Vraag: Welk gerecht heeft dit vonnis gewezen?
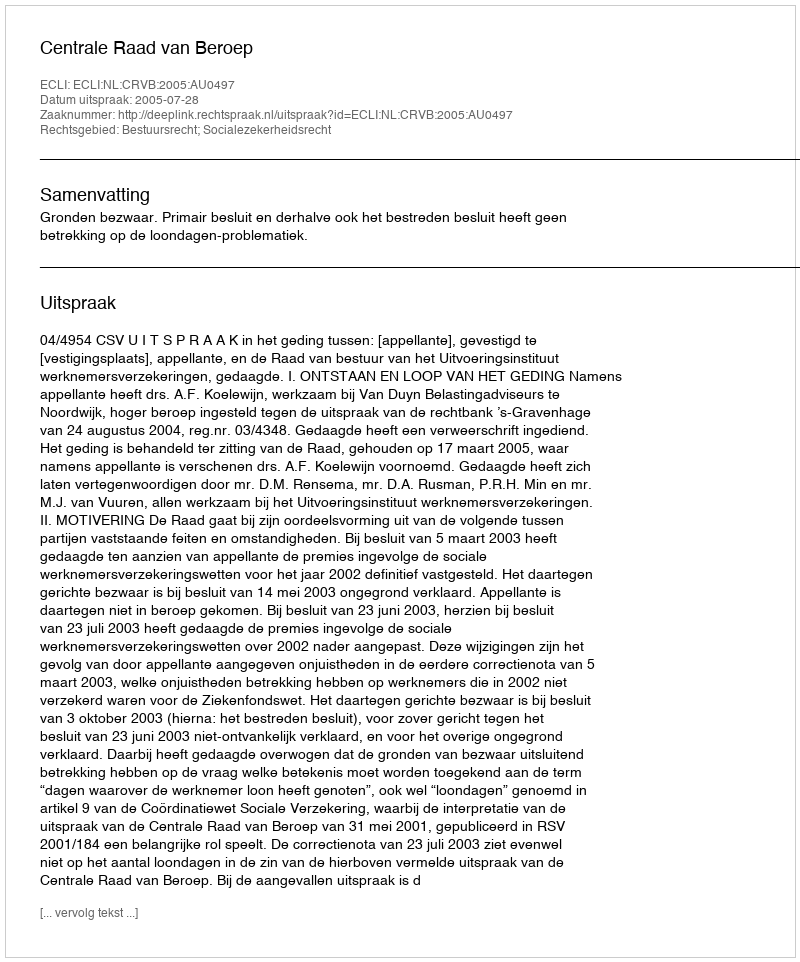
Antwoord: Centrale Raad van Beroep